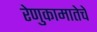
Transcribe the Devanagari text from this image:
रेणुकामातेचे